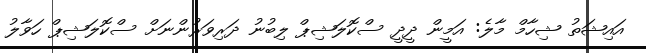
އައިޝަތު ޝިހާމް މާލެ: އަމީން ދީދީ ސްކޮލަޝިޕް ލިބުނު ދަރިވަރުންނަށް ސްކޮލަޝިޕް ހަވާލު